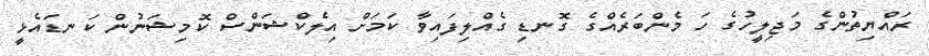
ރައްޔިތުންގެ މަޖިލީހުގެ ހަ މެންބަރެއްގެ ގޮނޑި ގެއްލިފައިވާ ކަމަށް އިލެކްޝަންސް ކޮމިޝަނުން ކަނޑައެޅީ